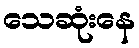
သေဆုံးနေ